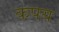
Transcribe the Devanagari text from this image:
कपय